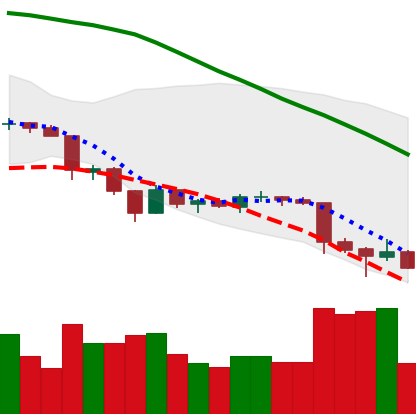
Ticker: LTC-USD
Chart end date: 2018-06-26
Forward return: 4.392%
Label: up_3_5